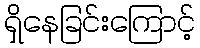
ရှိနေခြင်းကြောင့်